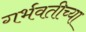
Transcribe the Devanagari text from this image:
गर्भवतीच्या